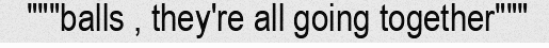
"""balls , they're all going together"""